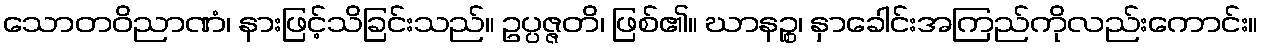
သောတဝိညာဏံ၊ နားဖြင့်သိခြင်းသည်။ ဥပ္ပဇ္ဇတိ၊ ဖြစ်၏။ ဃာနဉ္စ၊ နှာခေါင်းအကြည်ကိုလည်းကောင်း။